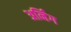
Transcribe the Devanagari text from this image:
अर्निंग